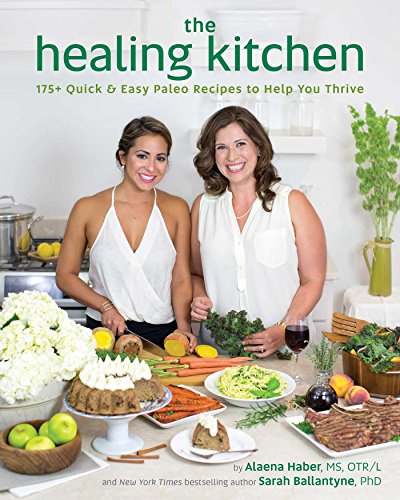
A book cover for The Healing Kitchen: 175+ Quick & Easy Paleo Recipes to Help You Thrive; Alaena Haber MS  OTR/L; Cookbooks, Food & Wine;